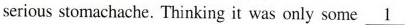
serious stomachache. Thinking it was only some \underline{1}